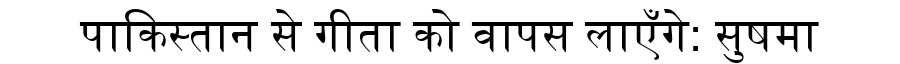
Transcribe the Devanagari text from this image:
पाकिस्तान से गीता को वापस लाएँगे: सुषमा